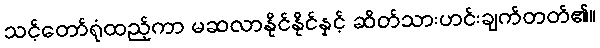
သင့်တော်ရုံထည့်ကာ မဆလာနိုင်နိုင်နှင့် ဆိတ်သားဟင်းချက်တတ်၏။